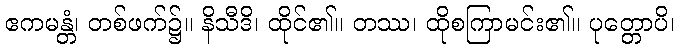
ဧကမန္တံ၊ တစ်ဖက်၌။ နိသီဒိ၊ ထိုင်၏။ တဿ၊ ထိုစကြာမင်း၏။ ပုတ္တောပိ၊